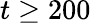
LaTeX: t\geq 200